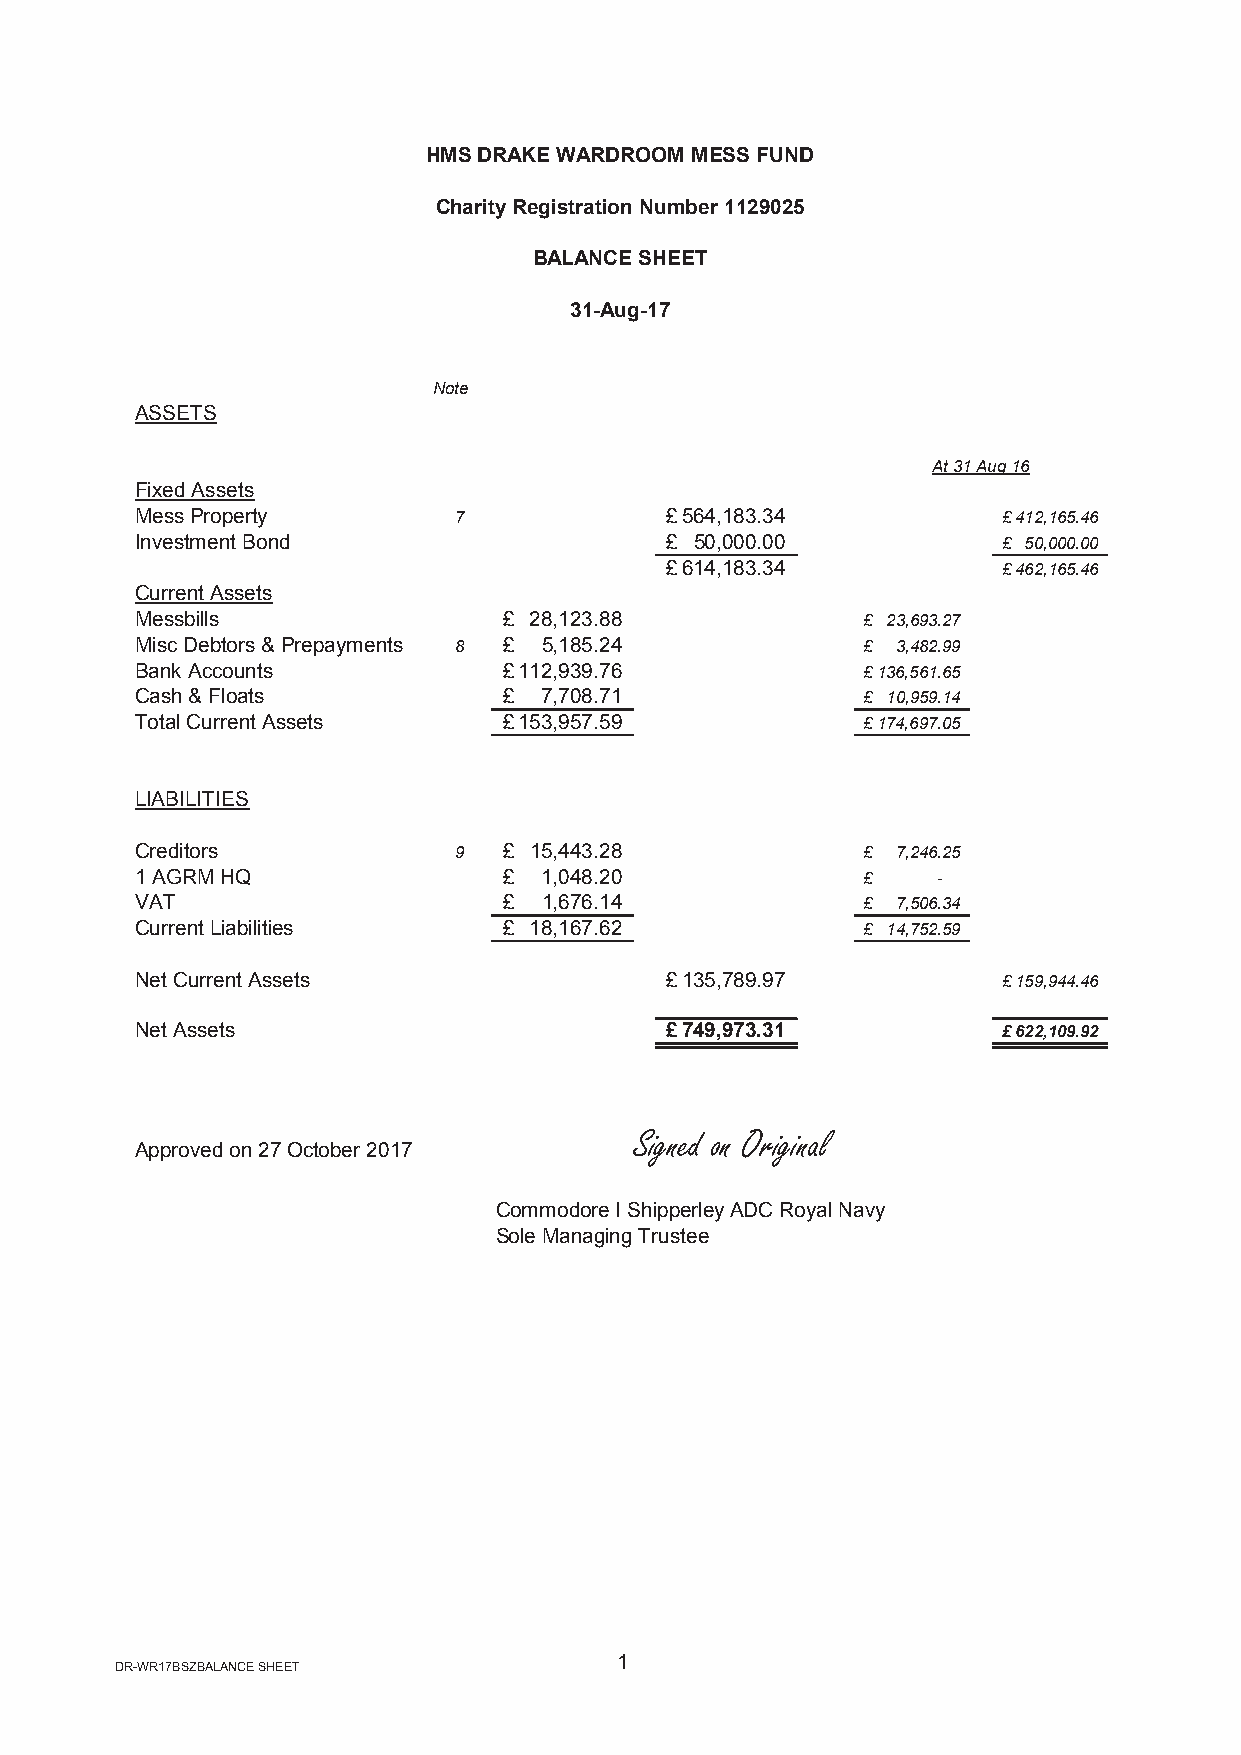
HMS DRAKE WARDROOM MESS FUND
 Charity Registration Number 1129025
 BALANCE SHEET
 31-Aug-17
 Note
 ASSETS
 At 31 Aug 16
 Fixed Assets
 Mess Property        7             £ 564,183.34          £ 412,165.46
 Investment Bond                    £ 50,000.00           £ 50,000.00
 £ 614,183.34          £ 462,165.46
 Current Assets
 Messbills               £ 28,123.88             £ 23,693.27
 Misc Debtors & Prepayments 8 £ 5,185.24         £ 3,482.99
 Bank Accounts           £ 112,939.76            £ 136,561.65
 Cash & Floats           £  7,708.71             £ 10,959.14
 Total Current Assets    £ 153,957.59            £ 174,697.05
 LIABILITIES
 Creditors            9  £ 15,443.28             £ 7,246.25
 1 AGRM HQ               £  1,048.20             £    -
 VAT                     £  1,676.14             £ 7,506.34
 Current Liabilities     £ 18,167.62             £ 14,752.59
 Net Current Assets                 £ 135,789.97          £ 159,944.46
 Net Assets                         £ 749,973.31          £ 622,109.92
 Signed on Original
 Approved on 27 October 2017
 Commodore I Shipperley ADC Royal Navy
 Sole Managing Trustee
 1
 DR-WR17BSZBALANCE SHEET